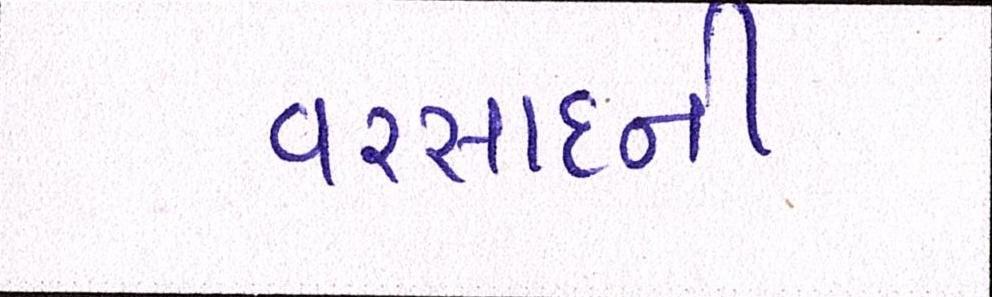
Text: વરસાદની